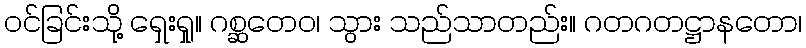
ဝင်ခြင်းသို့ ရှေးရှု။ ဂစ္ဆတေဝ၊ သွား သည်သာတည်း။ ဂတဂတဋ္ဌာနတော၊